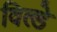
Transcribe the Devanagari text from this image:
विल्डे